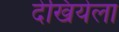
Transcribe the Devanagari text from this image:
देखियेला